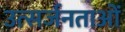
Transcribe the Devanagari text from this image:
उत्सर्जनताओं